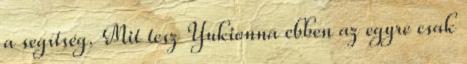
a segítség. Mit tesz Yukionna ebben az egyre csak